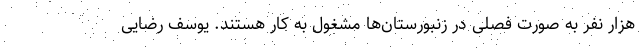
هزار نفر به صورت فصلی در زنبورستان‌ها مشغول به کار هستند. یوسف رضایی